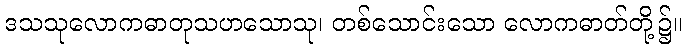
ဒသသုလောကဓာတုသဟသောသု၊ တစ်သောင်းသော လောကဓာတ်တို့၌။